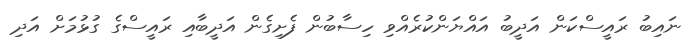
ނައިބު ރައީސްކަން އަދީބު އައްޔަންކުރެއްވި ހިސާބުން ފެށިގެން އަދީބާއި ރައީސްގެ ގުޅުމަށް އަދި